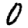
Digit: 0